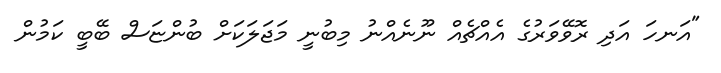
"އަނހަ އަދި ރޮވޭވަރުގެ އެއްޗެއް ނޫނެއްނު މިބުނީ މަޖަލަކަށް ބުންޏަސް ބޭބީ ކަމުން